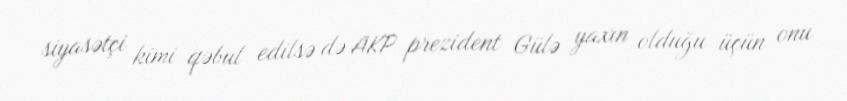
siyasətçi kimi qəbul edilsə də AKP prezident Gülə yaxın olduğu üçün onu